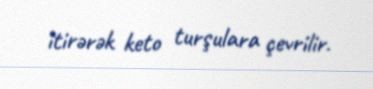
itirərək keto turşulara çevrilir.